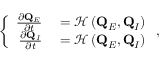
\left\{ \begin{array} { r l } { \frac { \partial \mathbf { Q } _ { E } } { \partial t } } & { { } = \mathcal { H } \left( \mathbf { Q } _ { E } , \mathbf { Q } _ { I } \right) } \\ { \frac { \partial \mathbf { Q } _ { I } } { \partial t } } & { { } = \mathcal { H } \left( \mathbf { Q } _ { E } , \mathbf { Q } _ { I } \right) } \end{array} \right. ,